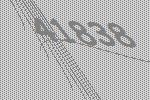
41838